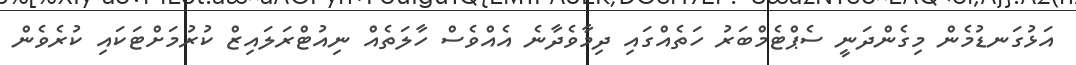
އަޅުގަނޑުމެން މިގެންދަނީ ސެޕްޓެމްބަރު ހަތެއްގައި ދިމާވެދާނެ އެއްވެސް ހާލަތެއް ނިއުޓްރަލައިޒް ކުރުމަށްޓަކައި ކުރެވެން